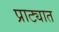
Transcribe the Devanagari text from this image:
प्राट्यात